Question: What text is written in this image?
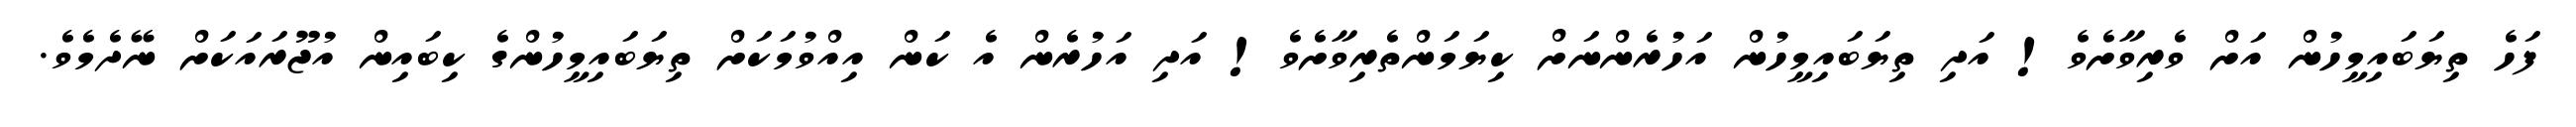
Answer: ފަހެ ތިޔަބައިމީހުން އަށް ވެރިވާށެވެ! އަދި ތިޔަބައިމީހުން އަހުރެންނަށް ކިޔަމަންތެރިވާށެވެ! އަދި އަހުރެން އެ ކަން އިއްވުމަކަށް ތިޔަބައިމީހުންގެ ކިބައިން އުޖޫރައަކަށް ނޭދެމެވެ.